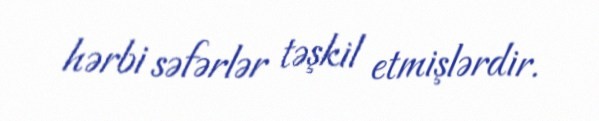
hərbi səfərlər təşkil etmişlərdir.